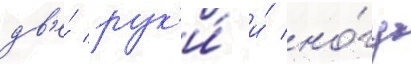
дв'е́ рук'и́ и́ но́гу